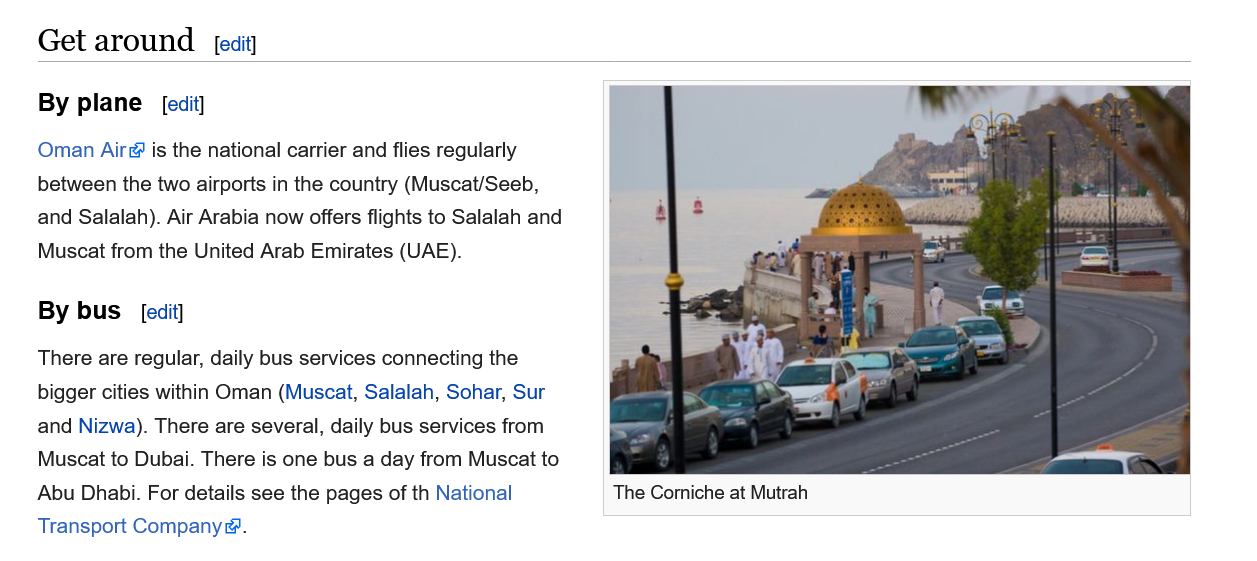
Get  around
    By  plane
    Oman Air is  the national carrier and flies regularly
    between the two airports in the country (Muscat/Seeb,
    and Salalah). Air Arabia now offers flights to Salalah and
    Muscat from the United Arab Emirates (UAE).
    By  bus
    There are regular, daily bus services connecting the
    bigger cities within Oman (Muscat, Salalah, Sohar, Sur
    and Nizwa). There are several, daily bus services from
    Muscat to Dubai. There is one bus a day from Muscat to
    Abu Dhabi. For details see the pages of th National
    Transport Company®.
     edit]
     [edit]
     [edit]
     The Corniche at Mutrah